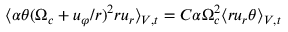
\langle \alpha \theta ( \Omega _ { c } + u _ { \varphi } / r ) ^ { 2 } r u _ { r } \rangle _ { V , t } = C \alpha \Omega _ { c } ^ { 2 } \langle r u _ { r } \theta \rangle _ { V , t }